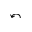
\curvearrowleft